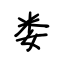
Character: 娄